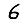
Digit: 6